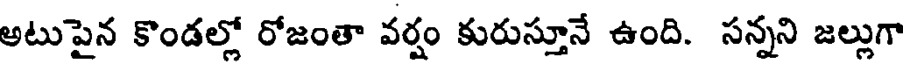
అటుపైన కొండల్లో రోజంతా వర్షం కురుస్తూనే ఉంది. సన్నని జల్లుగా